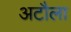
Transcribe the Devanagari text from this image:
अटौला